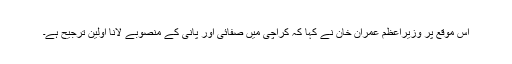
اس موقع پر وزیراعظم عمران خان نے کہا کہ کراچی میں صفائی اور پانی کے منصوبے لانا اولین ترجیح ہے۔